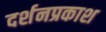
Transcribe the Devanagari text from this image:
दर्शनप्रकाश